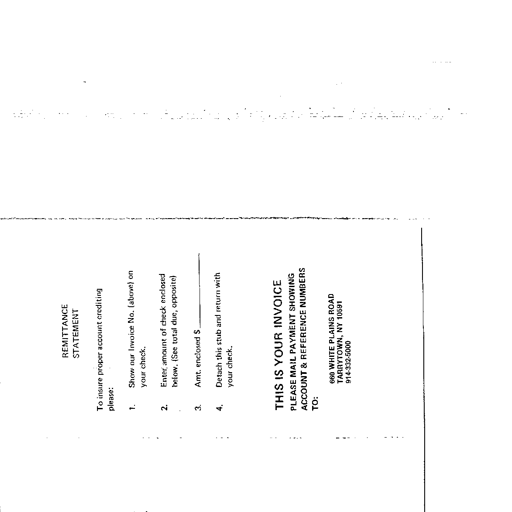
REMITTANCE
STATEMENT

To insure proper account crediting
please:

1. Show our Invoice No. (above) on
your check.

2. Enter amount of check enclosed
below. (See total due, opposite)

3. Amt. enclosed $ ________

4. Detach this stub and return with
your check.

THIS IS YOUR INVOICE
PLEASE MAIL PAYMENT SHOWING
ACCOUNT & REFERENCE NUMBERS
TO:

660 WHITE PLAINS ROAD
TARRYTOWN, NY 10591
914-332-5000